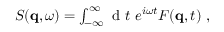
\begin{array} { r } { S ( \mathbf { q } , \omega ) = \int _ { - \infty } ^ { \infty } \textnormal { d } t \ e ^ { i \omega t } F ( \mathbf { q } , t ) \ , } \end{array}